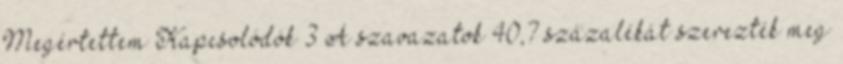
Megértettem Kapcsolódók 3 A szavazatok 40,7 százalékát szerezték meg